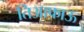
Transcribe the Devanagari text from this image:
तिआफाऊ